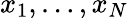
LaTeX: x_{1},\ldots,x_{N}